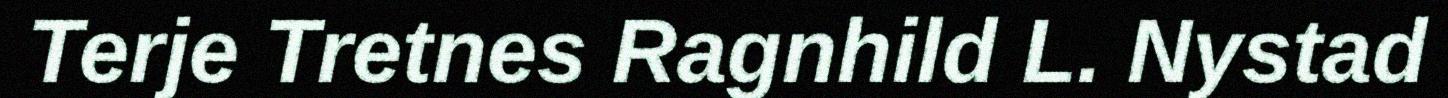
Terje Tretnes Ragnhild L. Nystad